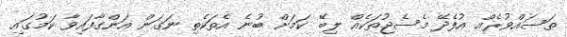
ތަސައްވުރެއް އުފެދޭ މެސެޖުތަކެއް ލިބޭ ކަމަށް ބުނެ އެތަކެތި ނަގަން އަންގާފައިވާ ކަމުގައި